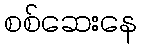
စစ်ဆေးနေ